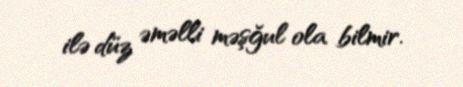
ilə düz əməlli məşğul ola bilmir.